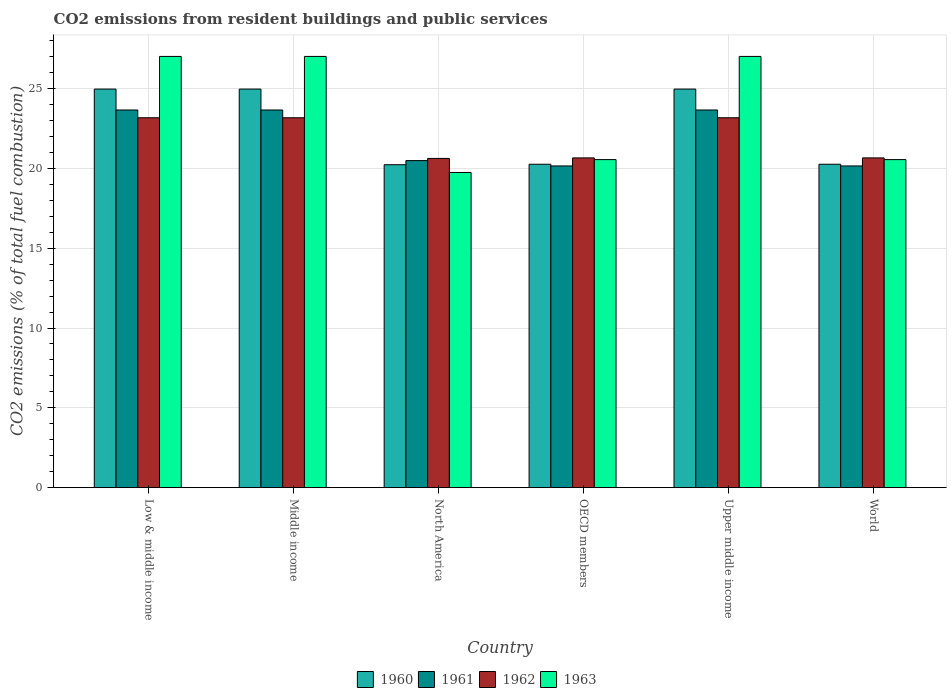
| Country | 1960 | 1961 | 1962 | 1963 |
 | --- | --- | --- | --- | --- |
 | Low & middle income | 25 | 23.7 | 23.2 | 27 |
 | Middle income | 25 | 23.7 | 23.2 | 27 |
 | North America | 20.2 | 20.5 | 20.6 | 19.7 |
 | OECD members | 20.3 | 20.2 | 20.7 | 20.6 |
 | Upper middle income | 25 | 23.7 | 23.2 | 27 |
 | World | 20.3 | 20.2 | 20.7 | 20.6 |